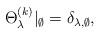
LaTeX: \begin{align*}\Theta_{\lambda}^{(k)}|_{\emptyset} = \delta_{\lambda, \emptyset},\end{align*}